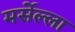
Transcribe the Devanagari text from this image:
मर्सेल्ला